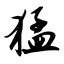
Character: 猛